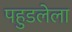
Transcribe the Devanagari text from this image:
पहुडलेला